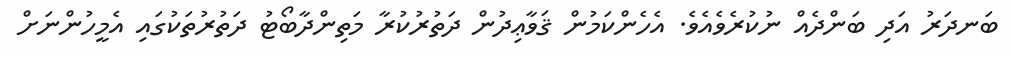
ބަނދަރު އަދި ބަންދެއް ނުކުރެވެއެވެ. އެހެންކަމުން ޤަވާޢިދުން ދަތުރުކުރާ މަތިންދާބޯޓު ދަތުރުތަކުގައި އެމީހުންނަށް